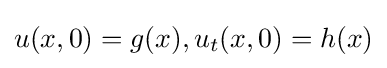
u(x,0)=g(x),u_{t}(x,0)=h(x)